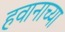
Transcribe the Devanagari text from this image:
हवानाच्या